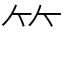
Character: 𥫗